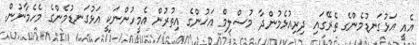
އެއީ އަޅުގަނޑުމެންގެ ތެރޭގައި ދިރިއުޅެމުންދާ މުސްލިމް އަޚުންގެ އިތުރުން އެމީހުންނަކީ އަޅުގަނޑުމެންގެ މެހެމާނުން.